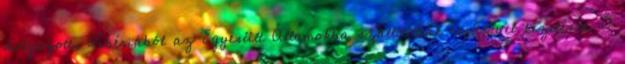
dolgozott, Libériából az Egyesült Államokba szállították repülővel kezelésre. Ő